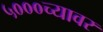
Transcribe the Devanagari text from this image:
५०००च्यावर